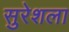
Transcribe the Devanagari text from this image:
सुरेशला